Vaccine operations Central Provinces 1900-1911 - 1900-1911
Year: 1900
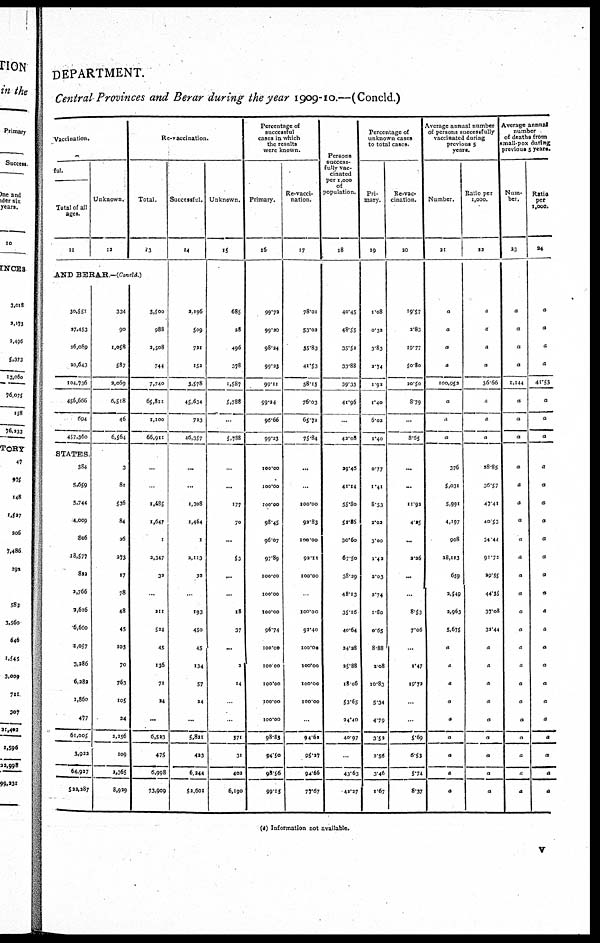
DEPARTMENT.
Central Provinces and Berar during the year 1909-10.—(Concld.)
Vaccination.
ful.
Total of all
ages.
11
Unknown.
12
Re-vaccination.
Total.
13
AND BERAR.—(Concld.)
30,551
27,453
26,089
20,643
104,736
456,666
694
457,360
STATES.
384
5,659
5,744
4,009
806
18,577
822
2,766
2,616
6,660
1,057
3,286
6,282
1,860
477
61,005
3,922
64,927
522,287
334
90
1,058
587
2,069
6,518
46
6,564
3
81
536
84
26
273
17
78
48
45
103
70
763
105
24
2,256
109
2,365
8,929
3,500
988
2,508
744
7,740
65,811
1,100
66,911
...
...
1,485
1,647
1
2,347
32
...
211
524
45
136
71
24
...
6,523
475
6,998
73,909
Successful.
14
2,196
509
721
152
3,578
45,634
723
46,357
...
...
1,308
1,464
1
2,113
32
...
193
450
45
134
57
24
...
5,821
423
6,244
52,601
Unknown.
15
685
28
496
378
1,587
5,788
...
5,788
...
...
177
70
...
53
...
...
18
37
...
2
14
...
...
371
31
402
6,190
Percentage of
successful
cases in which
the results
were known.
Primary.
16
99.72
99.20
98.24
99.23
99.11
99.24
96.66
99.23
100.00
100.00
100.00
98.45
96.07
97.89
100.00
100.00
100.00
96.74
100.00
100.00
100.00
100.00
100.00
98.83
94.50
98.56
99.15
Re-vacci¬
nation.
17
78.01
53.02
35.83
41.53
58.15
76.03
65.72
75.84
...
...
100.00
92.83
100.00
92.11
100.00
...
100.00
92.40
100.00
100.00
100.00
100.00
...
94.62
95.27
94.66
77.67
Persons
success-
--lly vac-
cinated
per 1,000
of
population.
18
40.45
48.55
35.52
33.88
39.33
41.96
...
42.08
29.46
41.14
55.80
52.36
30.60
67.50
38.29
48.13
35.16
40.64
24.28
25.88
18.06
53.65
24.40
40.97
...
43.63
42.27
Percentage of
unknown cases
to total cases.
Pri-
mary.
19
1.08
0.32
3.83
2.74
1.92
1.40
6.02
1.40
0.77
1.41
8.53
2.02
3.00
1.42
2.03
2.74
1.80
0.65
8.88
2.08
10.83
5.34
4.79
3.52
2.56
3.46
1.67
Re-vac¬
cination.
20
19.57
2.83
19.77
50.80
20.50
8.79
...
8.65
...
...
11.92
4.25
...
2.26
...
...
8.53
7.06
...
1.47
19.72
...
...
5.69
6.53
5.74
8.37
Average annual number
of persons successfully
vaccinated during
previous 5
years.
Number.
21
a
a
a
a
100.952
a
a
a
376
5,031
5,991
4,197
908
28,113
659
2,549
2,963
5,675
a
a
a
a
a
a
a
a
a
Ratio per
1,000.
22
a
a
a
a
36.66
a
a
a
28.85
36.57
47.41
40.53
34.44
91.72
29.55
44.55
37.08
32.44
a
a
a
a
a
a
a
a
a
Average annual
number
of deaths from
small-pox during
previous 5 years.
Num-
ber.
23
a
a
a
a
1,144
a
a
a
a
a
a
a
a
a
a
a
a
a
a
a
a
a
a
a
a
a
a
Ratio
per
1,000.
24
a
a
a
a
41.53
a
a
a
a
a
a
a
a
a
a
a
a
a
a
a
a
a
a
a
a
a
a
(a) Information not available.
v